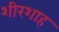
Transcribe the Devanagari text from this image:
शीरशाह